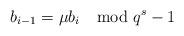
LaTeX: \begin{align*}b_{i-1}=\mu b_i \mod q^{{s}}-1 \end{align*}